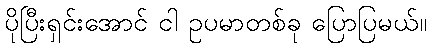
ပိုပြီးရှင်းအောင် ငါ ဥပမာတစ်ခု ပြောပြမယ်။